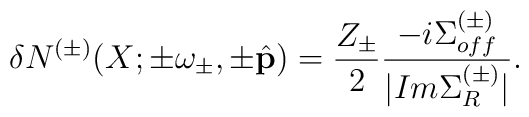
\delta N^{(\pm)} (X; \pm \omega_\pm, \pm \hat{\bf p}) = \frac{Z_\pm}{2} \frac{- i \Sigma_{off}^{(\pm)}}{|Im \Sigma_R^{(\pm)}|} .